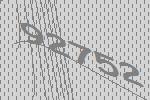
92752